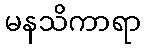
မနသိကာရာ